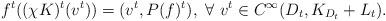
LaTeX: \begin{align*} f^t((\chi K)^t(v^t))=(v^t, P(f)^t), \ \forall\ v^t\in C^{\infty}(D_t, K_{D_t}+L_t).\end{align*}